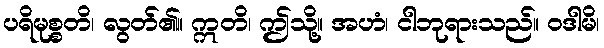
ပရိမုစ္စတိ၊ လွတ်၏။ ဣတိ၊ ဤသို့။ အဟံ၊ ငါဘုရားသည်။ ဝဒါမိ၊